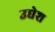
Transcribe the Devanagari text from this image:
उद्येश